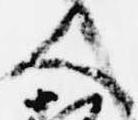
人